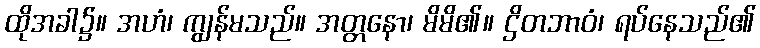
ထိုအခါ၌။ အဟံ၊ ကျွန်မသည်။ အတ္တနော၊ မိမိ၏။ ဌိတဘာဝံ၊ ရပ်နေသည်၏